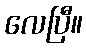
လေပြီ။